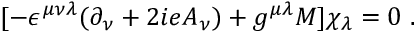
[ - \epsilon ^ { \mu \nu \lambda } ( \partial _ { \nu } + 2 i e A _ { \nu } ) + g ^ { \mu \lambda } M ] \chi _ { \lambda } = 0 ~ .